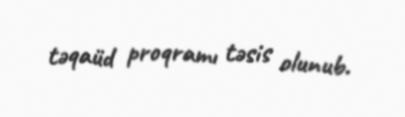
təqaüd proqramı təsis olunub.